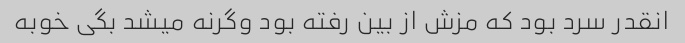
انقدر سرد بود که مزش از بین رفته بود وگرنه میشد بگی خوبه